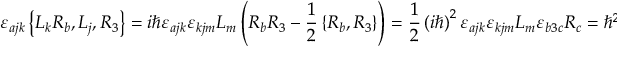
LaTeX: \varepsilon _ { a j k } \left\{ L _ { k } R _ { b } , L _ { j } , R _ { 3 } \right\} = i \hbar \varepsilon _ { a j k } \varepsilon _ { k j m } L _ { m } \left( R _ { b } R _ { 3 } - \frac { 1 } { 2 } \left\{ R _ { b } , R _ { 3 } \right\} \right) = \frac { 1 } { 2 } \left( i \hbar \right) ^ { 2 } \varepsilon _ { a j k } \varepsilon _ { k j m } L _ { m } \varepsilon _ { b 3 c } R _ { c } = \hbar ^ { 2 } L _ { a } R _ { c } \varepsilon _ { b 3 c } \; .